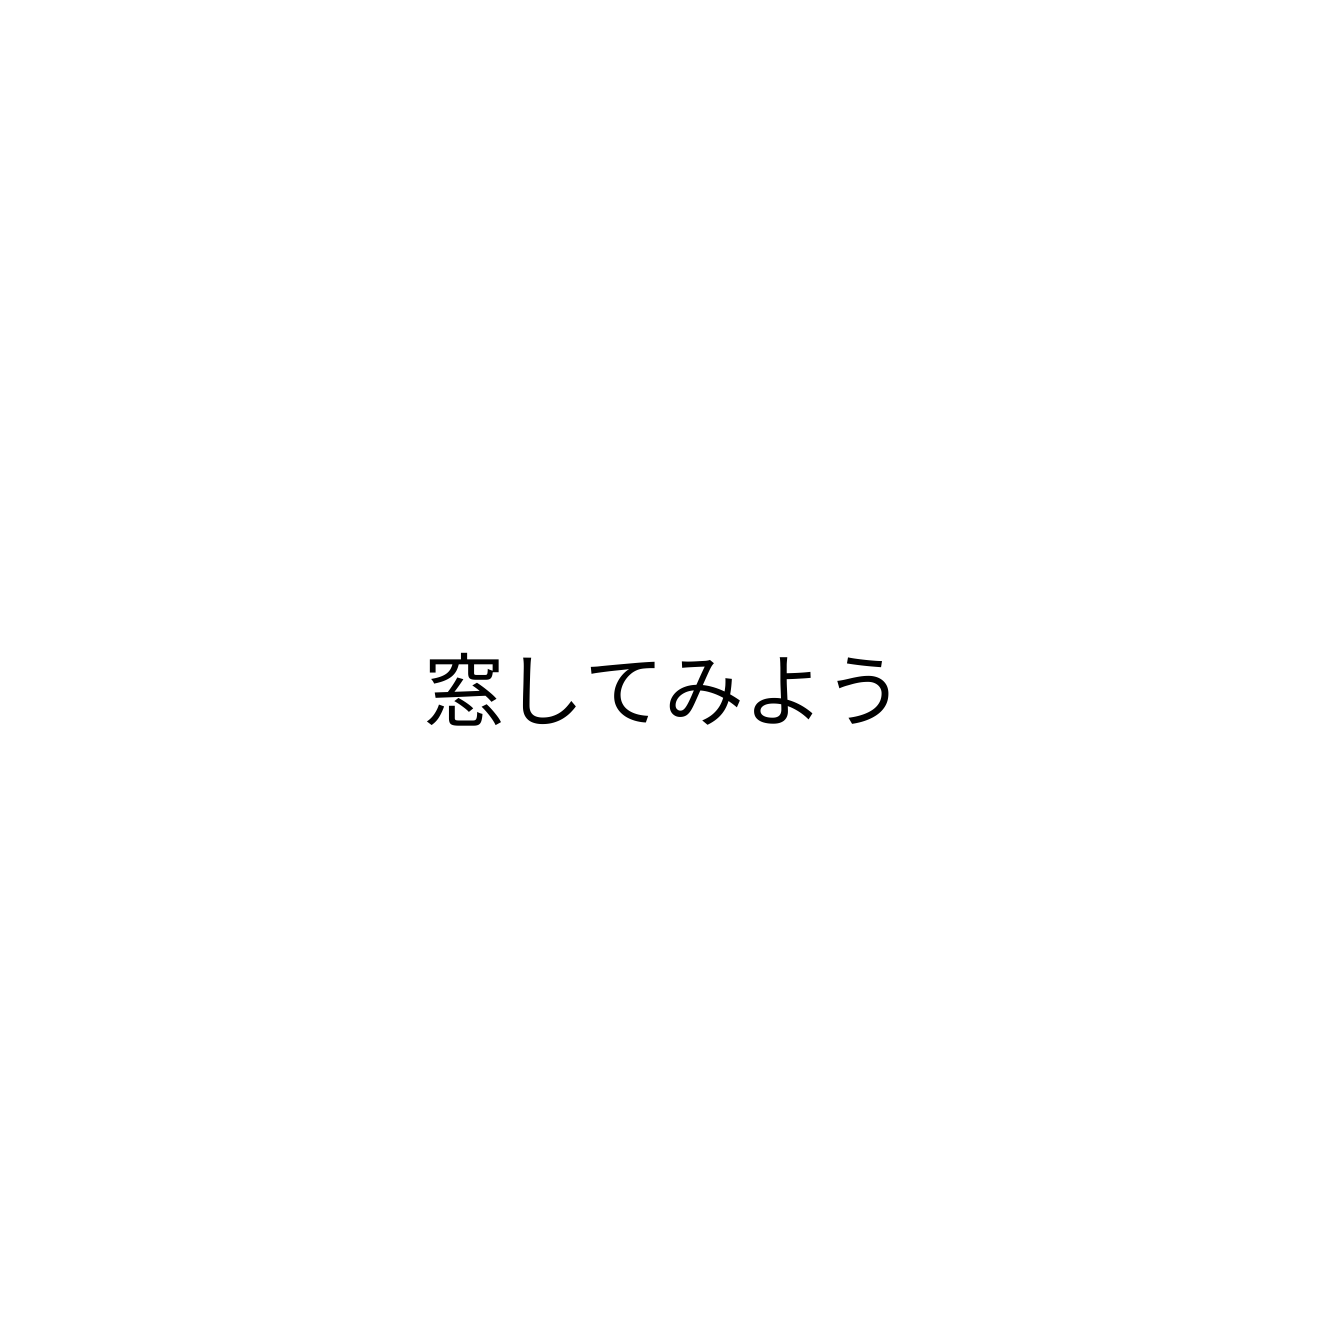
窓してみよう